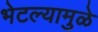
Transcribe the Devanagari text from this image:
भेटल्यामुळे